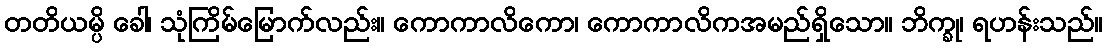
တတိယမ္ပိ ခေါ၊ သုံကြိမ်မြောက်လည်း။ ကောကာလိကော၊ ကောကာလိကအမည်ရှိသော။ ဘိက္ခု၊ ရဟန်းသည်။